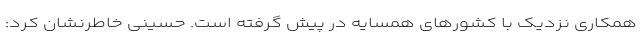
همکاری نزدیک با کشورهای همسایه در پیش گرفته است. حسینی خاطرنشان کرد: